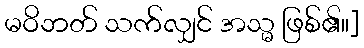
မဝိဘတ် သက်လျှင် အသ္မ ဖြစ်၏။]